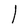
Character: l